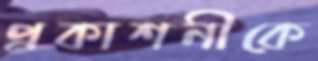
প্রকাশনীকে